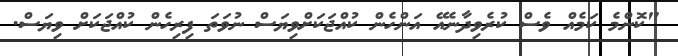
"ކޮންމެ ކަމެއް ވެސް ކުރެވިދާނެއޭ އަންހެން ކުއްޖަކަށްވިޔަސް ނުވަތަ ފިރިހެން ކުއްޖަކަށް ވިޔަސް.